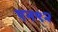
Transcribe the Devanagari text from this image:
एन९२